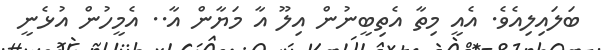
ބަލައިލިއެވެ. އެއީ މިތާ އެތިބީނުން އިލޫ އާ މަޔާން އާ.. އެމީހުން އުޅެނީ